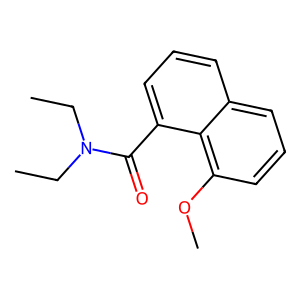
SMILES: CCN(CC)C(=O)c1cccc2cccc(OC)c12
Inhibits HIV replication: No